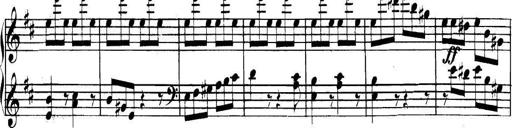
Title: Collected Piano Sonatas
Composer: Muzio Clementi